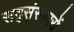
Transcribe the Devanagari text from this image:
सद्संस्कारों